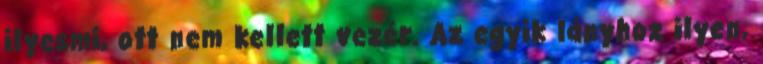
ilyesmi, ott nem kellett vezér. Az egyik lányhoz ilyen,